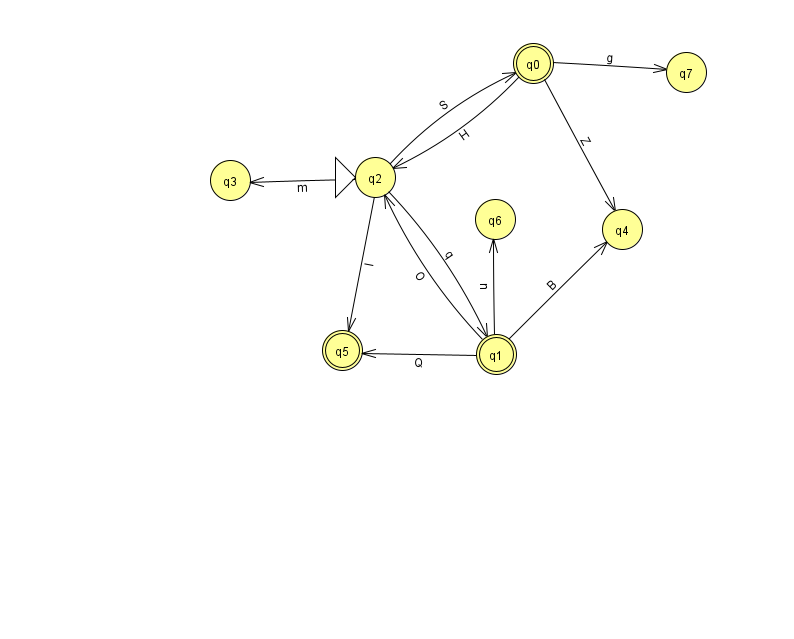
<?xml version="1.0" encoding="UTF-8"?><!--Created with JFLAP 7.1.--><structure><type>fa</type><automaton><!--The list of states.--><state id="0" name="q0"><x>533.0</x><y>50.0</y><final/></state><state id="1" name="q1"><x>496.0</x><y>341.0</y><final/></state><state id="2" name="q2"><x>375.0</x><y>164.0</y><initial/></state><state id="3" name="q3"><x>230.0</x><y>167.0</y></state><state id="4" name="q4"><x>622.0</x><y>216.0</y></state><state id="5" name="q5"><x>342.0</x><y>337.0</y><final/></state><state id="6" name="q6"><x>495.0</x><y>206.0</y></state><state id="7" name="q7"><x>686.0</x><y>59.0</y></state><!--The list of transitions.--><transition><from>1</from><to>4</to><read>B</read></transition><transition><from>0</from><to>7</to><read>g</read></transition><transition><from>0</from><to>2</to><read>H</read></transition><transition><from>1</from><to>2</to><read>O</read></transition><transition><from>2</from><to>1</to><read>q</read></transition><transition><from>1</from><to>6</to><read>n</read></transition><transition><from>2</from><to>3</to><read>m</read></transition><transition><from>0</from><to>4</to><read>Z</read></transition><transition><from>2</from><to>5</to><read>I</read></transition><transition><from>1</from><to>5</to><read>Q</read></transition><transition><from>2</from><to>0</to><read>S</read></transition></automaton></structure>